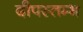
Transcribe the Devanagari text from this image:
दीपस्तम्भ